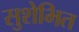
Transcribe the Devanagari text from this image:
सुशेभित